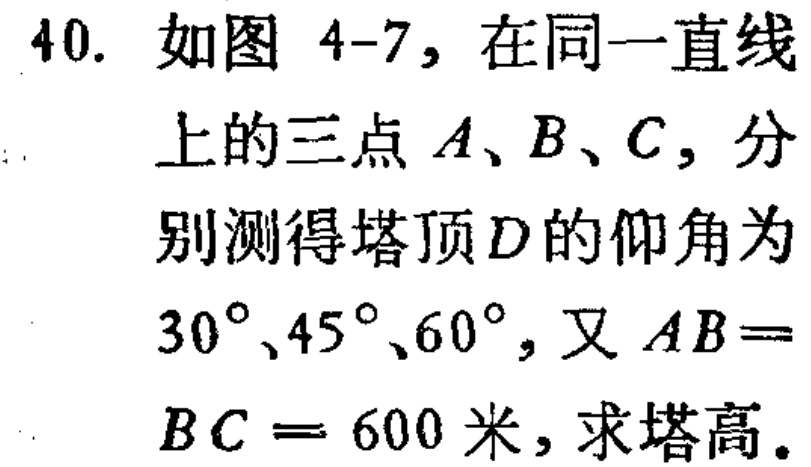
40. 如图 4-7，在同一直线上的三点 \(A、B、C\)，分别测得塔顶 \(D\)的仰角为\(30^{\circ}、45^{\circ}、60^{\circ}\)，又 \(AB = BC = 600\)米，求塔高。